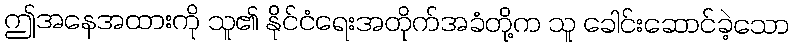
ဤအနေအထားကို သူ၏ နိုင်ငံရေးအတိုက်အခံတို့က သူ ခေါင်းဆောင်ခဲ့သော